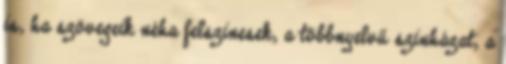
is, ha szövegeik néha felszinesek, a többnyelvű szinházat, a